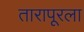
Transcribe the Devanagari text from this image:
तारापूरला